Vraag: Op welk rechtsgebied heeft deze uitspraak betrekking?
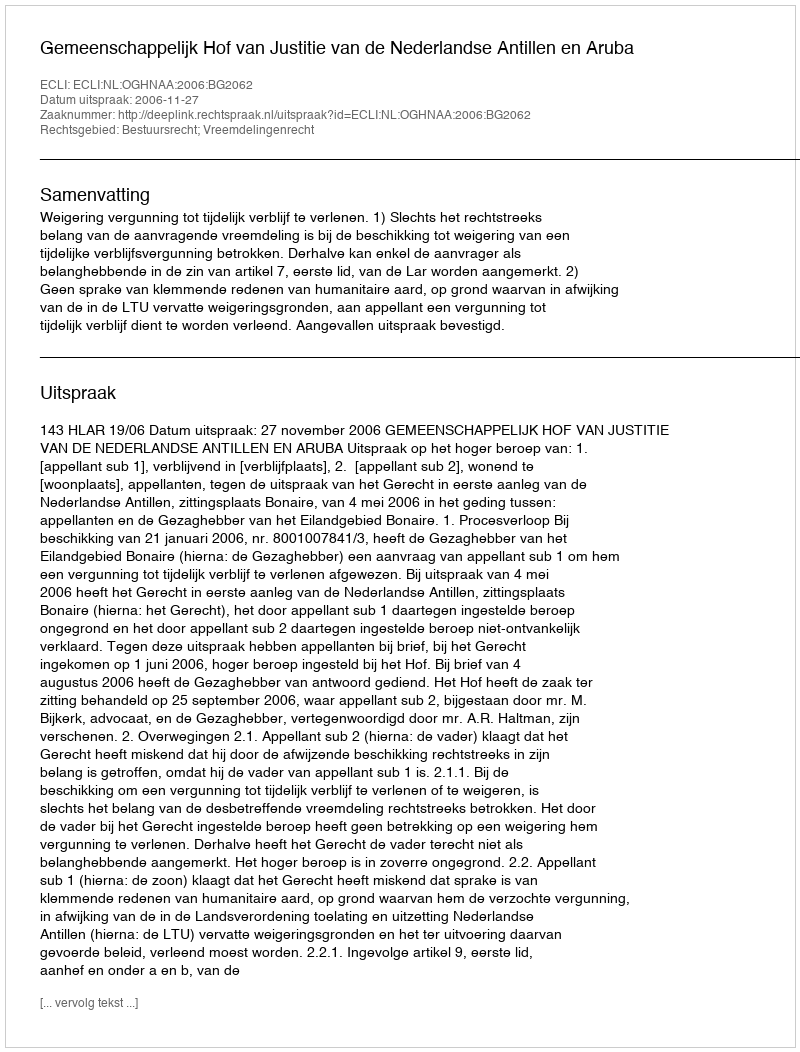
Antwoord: Bestuursrecht; Vreemdelingenrecht